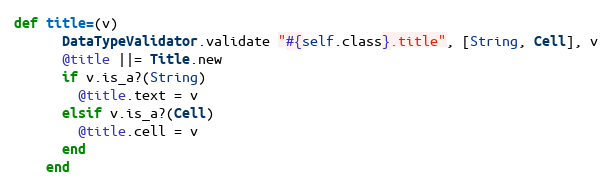
Language: Ruby
def title=(v)
      DataTypeValidator.validate "#{self.class}.title", [String, Cell], v
      @title ||= Title.new
      if v.is_a?(String)
        @title.text = v
      elsif v.is_a?(Cell)
        @title.cell = v
      end
    end